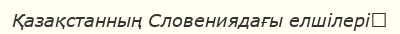
Қазақстанның Словениядағы елшілері‎